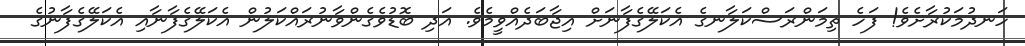
ހަނދުމަކުރާށެވެ! ފަހެ ތިމަންރަސްކަލާނގެ އެކަލޭގެފާނަށް އިޖާބަދެއްވީމެވެ. އަދި ބޮޑުވެގެންވާނުރައްކަލުން އެކަލޭގެފާނާއި އެކަލޭގެފާނުގެ